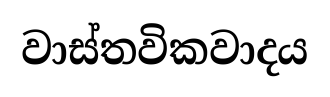
වාස්තවිකවාදය